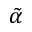
\tilde { \alpha }